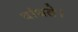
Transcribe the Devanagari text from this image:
बांधते।